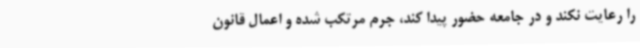
را رعایت نکند و در جامعه حضور پیدا کند، جرم مرتکب شده و اعمال قانون